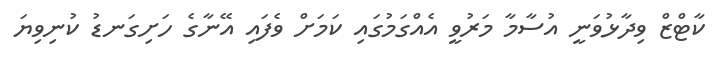
ކާޓްޒް ވިދާޅުވަނީ އުސާމާ މަރުވީ އެއްގަމުގައި ކަމަށް ވެފައި އޭނާގެ ހަށިގަނޑު ކުނިވިޔަ